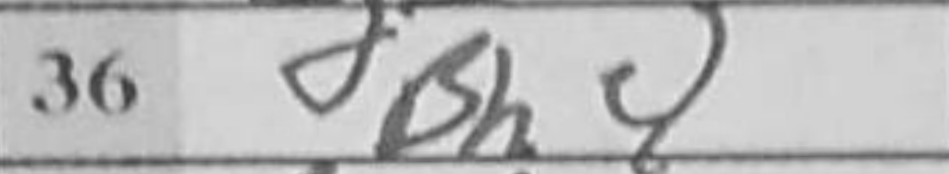
Transcription: Bh4